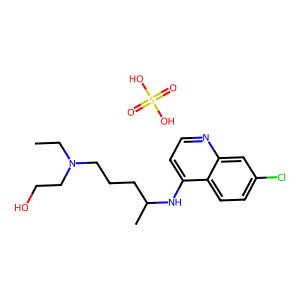
SMILES: CCN(CCO)CCCC(C)Nc1ccnc2cc(Cl)ccc12.O=S(=O)(O)O
Inhibits HIV replication: No